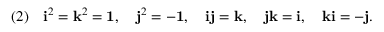
( 2 ) \quad { \mathrm { \bf { i } } } ^ { 2 } = { \mathrm { \bf { k } } } ^ { 2 } = { \mathrm { \bf { 1 } } } , \quad { \mathrm { \bf { j } } } ^ { 2 } = - { \mathrm { \bf { 1 } } } , \quad { \mathrm { \bf { i } } } { \mathrm { \bf { j } } } = { \mathrm { \bf { k } } } , \quad { \mathrm { \bf { j } } } { \mathrm { \bf { k } } } = { \mathrm { \bf { i } } } , \quad { \mathrm { \bf { k } } } { \mathrm { \bf { i } } } = - { \mathrm { \bf { j } } } .